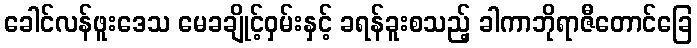
ခေါင်လန်ဖူးဒေသ မေခချိုင့်ဝှမ်းနှင့် ခရန်ခူးစသည့် ခါကာဘိုရာဇီတောင်ခြေ